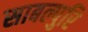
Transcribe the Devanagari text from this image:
साबल्पुरि